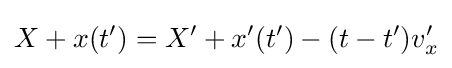
X+x(t')=X'+x'(t')-(t-t')v'_{x}